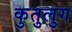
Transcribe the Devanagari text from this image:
कुतुलुग